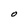
Character: O